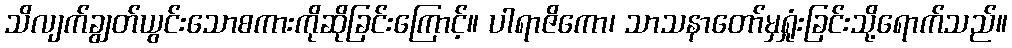
သိလျက်ချွတ်ယွင်းသောစကားကိုဆိုခြင်းကြောင့်။ ပါရာဇိကော၊ သာသနာတော်မှရှုံးခြင်းသို့ရောက်သည်။